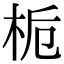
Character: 栀